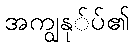
အကျွနု်ပ်၏